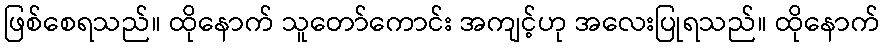
ဖြစ်စေရသည်။ ထိုနောက် သူတော်ကောင်း အကျင့်ဟု အလေးပြုရသည်။ ထိုနောက်